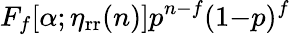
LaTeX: F_{f}[\alpha;\eta_{\mathrm{rr}}(n)]p^{n-f}(1{-}p)^{f}